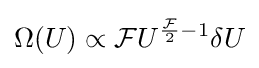
\Omega (U)\propto {\mathcal {F}}U^{{\frac {\mathcal {F}}{2}}-1}\delta U